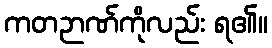
ကတဉာဏ်ကိုလည်း ရ၏။